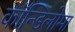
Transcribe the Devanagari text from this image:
कॉन्डिलोमा